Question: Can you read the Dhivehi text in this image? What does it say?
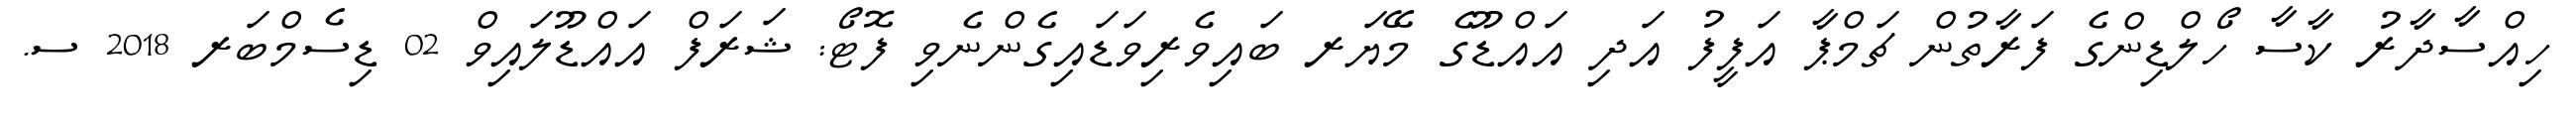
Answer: ހިއްސާދާރު ކާސާ ހޯލްޑިންގެ ފަރާތުން ޗަމްޕާ އަފީފު އަދި އައްޑޫގެ މޭޔަރ ބައިވެރިވަޑައިގެންނެވި ފޮޓޯ: ޝަރަފް އައްޑޫލައިވް 02 ޑިސެމްބަރ 2018 ސ.